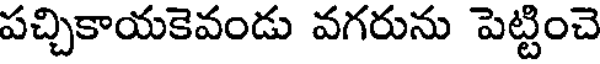
పచ్చికాయకెవండు వగరును పెట్టించె